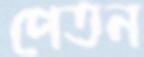
পেতন